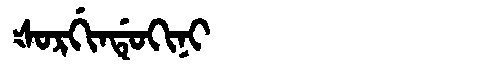
Manchu: ᡧᠣᡵᡤᡳᠨᡩᡠᡴᡳᠨᡳ
Romanization: ŠORGINDUKINI